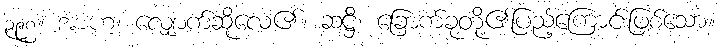
၃၉၈။ အာဟ၊ လျှောက်ဆိုလေ၏။ ဆဋ္ဌီ၊ ခြောက်ခုတို့၏ပြည့်ကြောင်းဖြစ်သော။